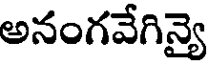
అనంగవేగిన్యై